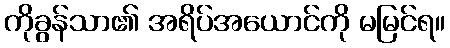
ကိုခွန်သာ၏ အရိပ်အယောင်ကို မမြင်ရ။